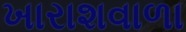
ખારાશવાળા